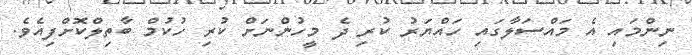
ނިންމައި އެ މައްސަލާގައި ހައްޔަރު ކުރި ދެ މީހުންނަށް ކުރި ހުކުމް ބާތިލްކޮށްފިއެވެ.